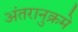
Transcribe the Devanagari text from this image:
अंतरानुक्रमे